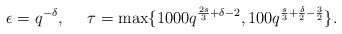
\begin{align*} \epsilon= q^{- \delta}, \,\,\,\,\,\,\,\, \tau= \max \{ 1000q^{\frac{2s}{3}+\delta-2}, 100 q^{\frac{s}{3}+\frac{\delta}{2}-\frac{3}{2} }\}.\end{align*}